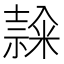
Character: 𥻳